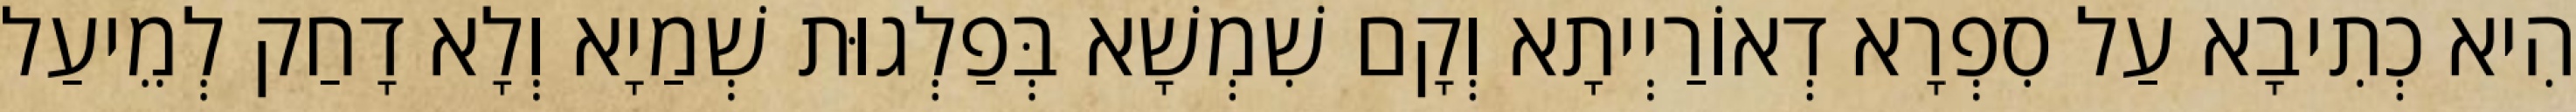
הִיא כְתִיבָא עַל סִפְרָא דְאוֹרַיְיתָא וְקָם שִׁמְשָׁא בְּפַלְגוּת שְׁמַיָא וְלָא דָחַק לְמֵיעַל